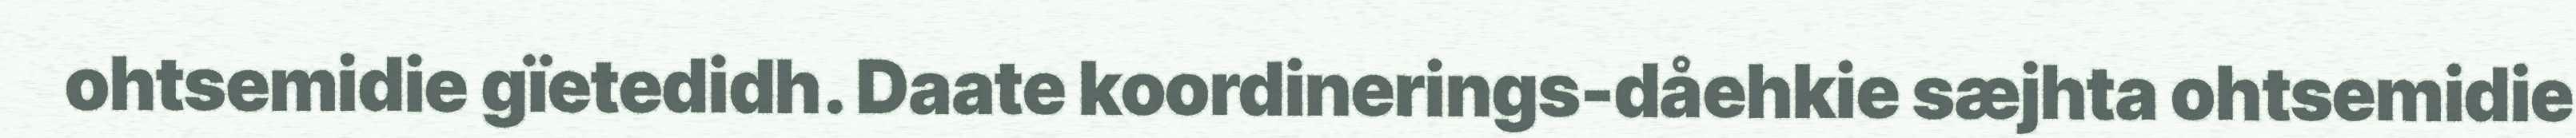
ohtsemidie gïetedidh. Daate koordinerings-dåehkie sæjhta ohtsemidie